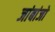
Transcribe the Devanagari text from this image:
जांबांजो